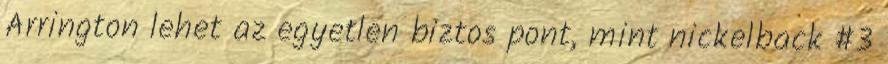
Arrington lehet az egyetlen biztos pont, mint nickelback #3